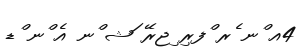
4އ ްނ ެރ ްފރި ިޖރޭ ަޝ ްނ އެ ްނ ްޑ